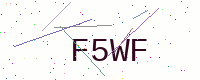
Text: F5WF